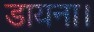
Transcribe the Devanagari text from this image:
डायना।